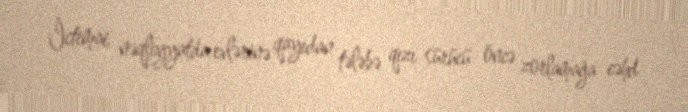
İctimai nəqliyyatda evlərinə qayıdan tələbə qızı sürücü öncə zorlamağa cəhd